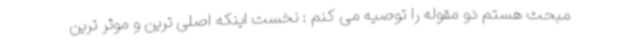
مبحث هستم دو مقوله را توصیه می کنم : نخست اینکه اصلی ترین و موثر ترین